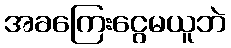
အခကြေးငွေမယူဘဲ